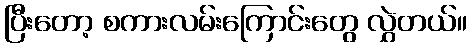
ပြီးတော့ စကားလမ်းကြောင်းတွေ လွှဲတယ်။